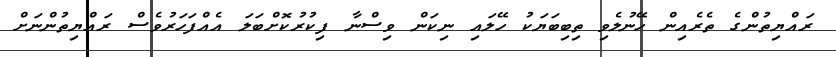
ރައްޔިތުންގެ ތެރެއިން ހޭނުލެވި ތިބިބަޔަކު ހޭލައި ނިކަން ވިސްނާ ފިކުރުކޮށްބަލަ އެއްފަހަރުވެސް ރައްޔިތުންނަށް